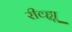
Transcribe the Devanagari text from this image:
रीव्ह्यू